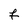
Character: f